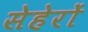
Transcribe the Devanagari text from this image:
सेहेरों